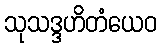
သုသဒ္ဒဟိတံယေဝ